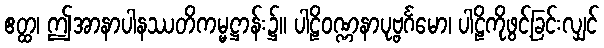
ဧတ္ထ၊ ဤအာနာပါနဿတိကမ္မဋ္ဌာန်း၌။ ပါဠိဝဏ္ဏနာပုဗ္ဗင်္ဂမော၊ ပါဠိကိုဖွင့်ခြင်းလျှင်